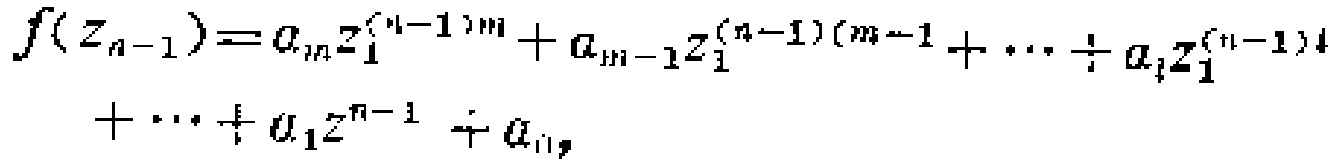
\[
\begin{align*}
f(z_{n - 1})&=a_{m}z_{1}^{(n - 1)m}+a_{m - 1}z_{1}^{(n - 1)(m - 1)}+\cdots+a_{i}z_{1}^{(n - 1)i}\\
&+\cdots+a_{1}z^{n - 1}+a_{0},
\end{align*}
\]